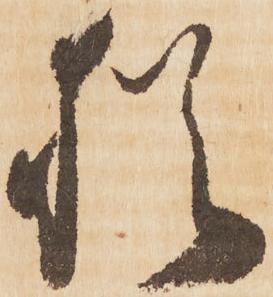
猶